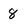
Character: 8